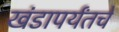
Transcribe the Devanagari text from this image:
खंडापर्यंतचे